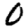
Digit: 0